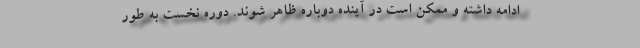
ادامه داشته و ممکن است در آینده دوباره ظاهر شوند. دوره نخست به طور